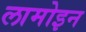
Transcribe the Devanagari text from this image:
लामोइन